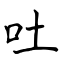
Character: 吐